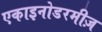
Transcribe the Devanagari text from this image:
एकाइनोडरमीज़